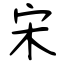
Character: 宋